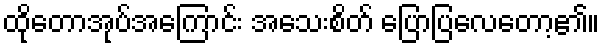
ထိုတောအုပ်အကြောင်း အသေးစိတ် ပြောပြလေတော့၏။